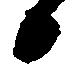
日